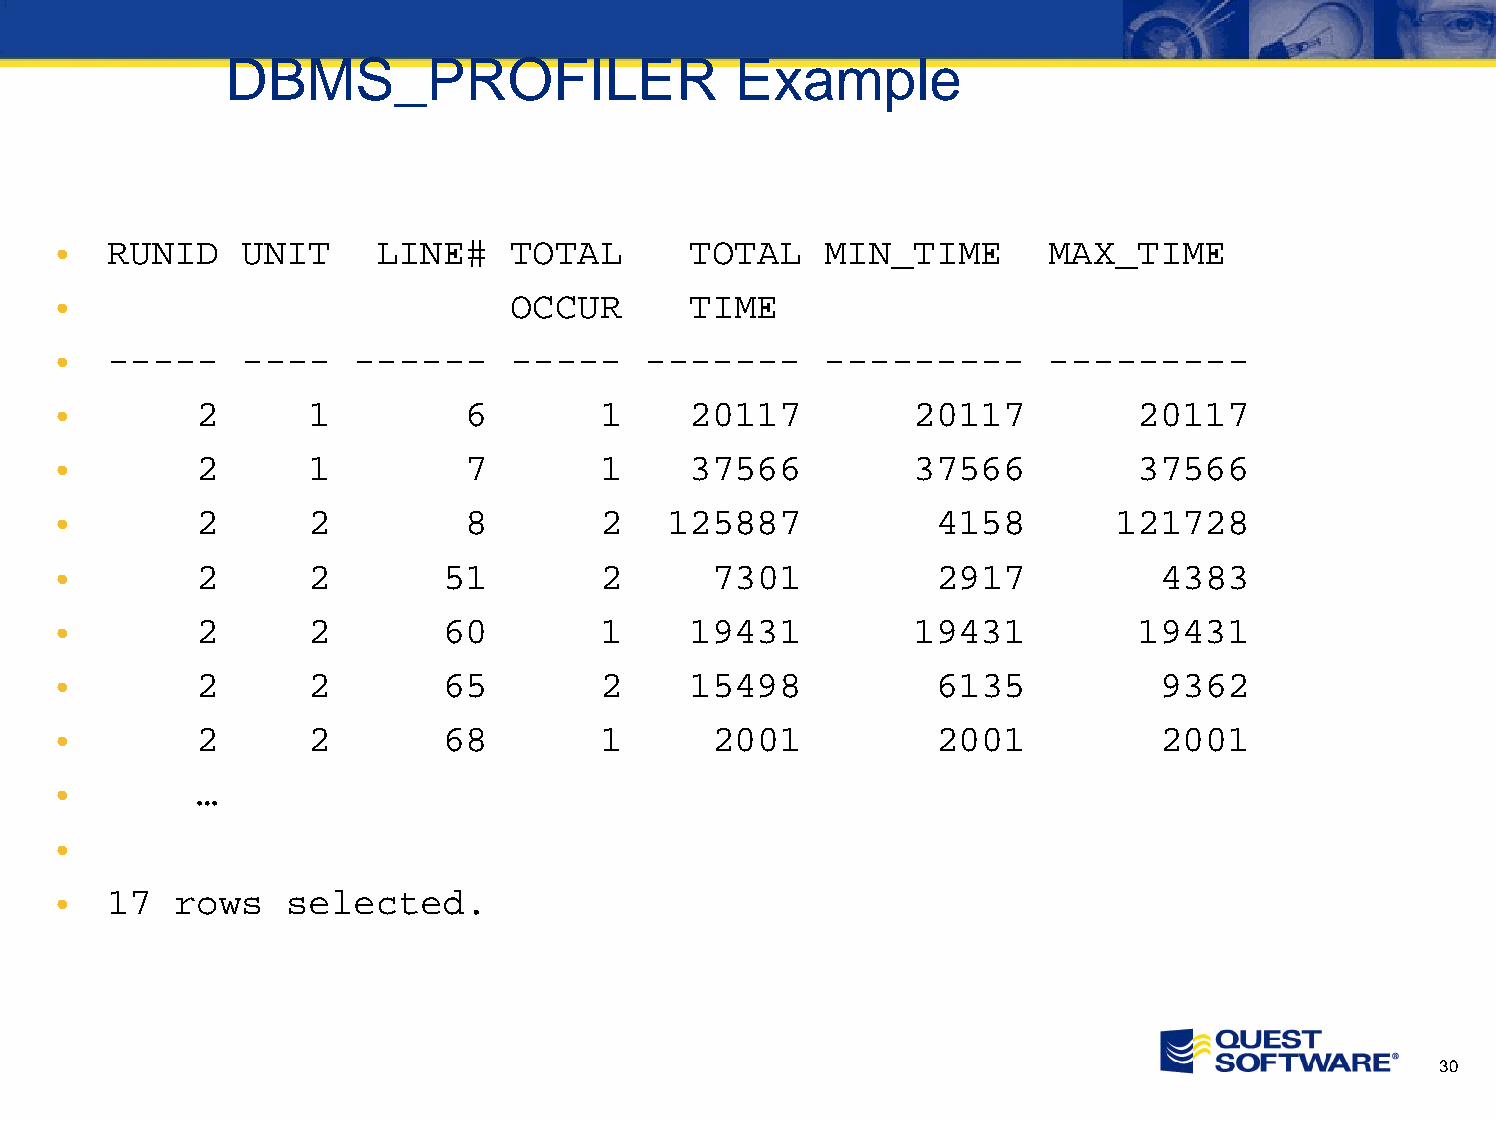
DBMS_PROFILER                     Example
 •   RUNID    UNIT     LINE#    TOTAL       TOTAL    MIN_TIME      MAX_TIME
 •                              OCCUR       TIME
 •   -----    ----   ------     -----    -------     ---------     ---------
 •         2       1         6        1     20117          20117         20117
 •         2       1         7        1     37566          37566         37566
 •         2       2         8        2   125887            4158        121728
 •         2       2       51         2      7301           2917           4383
 •         2       2       60         1     19431          19431         19431
 •         2       2       65         2     15498           6135           9362
 •         2       2       68         1      2001           2001           2001
 •         …
 •
 •   17   rows   selected.
 30